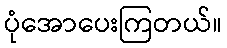
ပုံအောပေးကြတယ်။